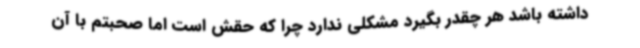
داشته باشد هر چقدر بگیرد مشکلی ندارد چرا که حقش است اما صحبتم با آن